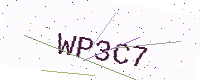
Text: WP3C7